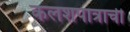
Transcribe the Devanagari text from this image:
कलशपात्राची